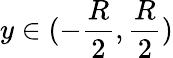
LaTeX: y\in(-\frac{R}{2},\frac{R}{2})